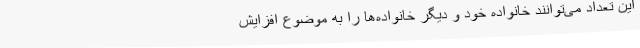
این تعداد می‌توانند خانواده خود و دیگر خانواده‌ها را به موضوع افزایش